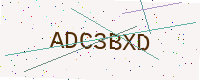
Text: ADC3BXD